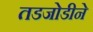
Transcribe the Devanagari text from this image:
तडजोडीने